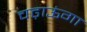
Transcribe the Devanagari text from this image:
चढ़ाऊंगा